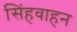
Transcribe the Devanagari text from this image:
सिंहवाहन